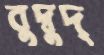
বুদ্বুদ্